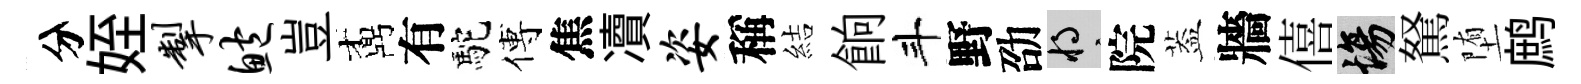
分姪掣鲍豈鼒有駝傅焦凟姿稱結餉斗野劭將院葢牆僖場駑堕鹧